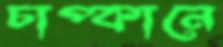
চাপ্কানে